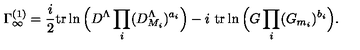
\Gamma _ { \infty } ^ { ( 1 ) } = \frac { i } { 2 } \mathrm { t r } \ln \Big ( D ^ { \Lambda } \prod _ { i } ( D _ { M _ { i } } ^ { \Lambda } ) ^ { a _ { i } } \Big ) - i \ \mathrm { t r } \ln \Big ( G \prod _ { i } ( G _ { m _ { i } } ) ^ { b _ { i } } \Big ) .